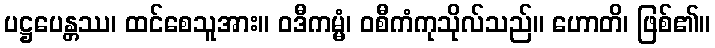
ပဋ္ဌပေန္တဿ၊ ထင်စေသူအား။ ဝဒီကမ္မံ၊ ဝစီကံကုသိုလ်သည်။ ဟောတိ၊ ဖြစ်၏။